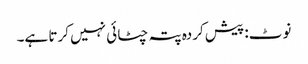
نوٹ: پیش کردہ پتہ چٹائی نہیں کرتا ہے۔